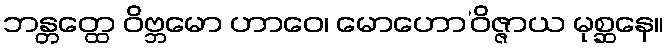
ဘန္တတ္ထေ ဝိဗ္ဘမော ဟာဝေ၊ မောဟော’ဝိဇ္ဇာယ မုစ္ဆနေ။